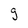
Character: g